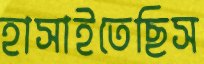
হাসাইতেছিস